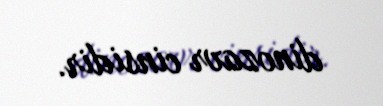
dinozavr cinsidir.